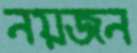
নয়জন